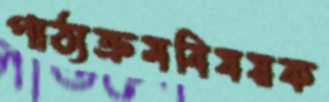
পাঠ্যক্রমবিষয়ক